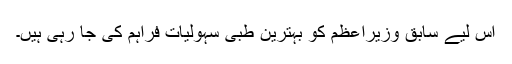
اس لیے سابق وزیراعظم کو بہترین طبی سہولیات فراہم کی جا رہی ہیں۔